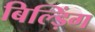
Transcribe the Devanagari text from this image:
बिल्ड़िंग